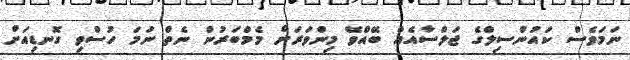
ނަމަވެސް ކައުންސިލްގެ ޖަލްސާއެއް ބޭއްވޭ މިންވަރަށް މެމްބަރުން ނެތް ނަމަ ހުސްވި ގޮނޑިއަށް